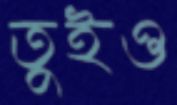
তুইও